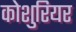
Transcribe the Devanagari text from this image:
कोशुरियर